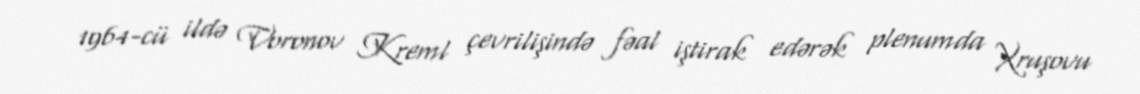
1964-cü ildə Voronov Kreml çevrilişində fəal iştirak edərək plenumda Xruşovu